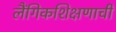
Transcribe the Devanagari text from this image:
लैंगिकशिक्षणाची